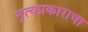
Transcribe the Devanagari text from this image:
नृत्यप्रकाराचा